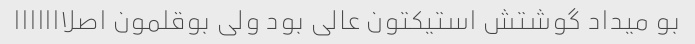
بو میداد گوشتش استیکتون عالی بود ولی بوقلمون اصلااااااا